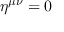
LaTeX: \eta ^ { \mu \nu } = 0